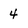
Character: 4